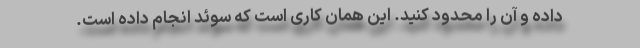
داده و آن را محدود کنید. این همان کاری است که سوئد انجام داده است.